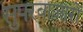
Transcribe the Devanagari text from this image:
सुपरबाज़ारों